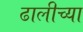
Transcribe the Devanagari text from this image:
ढालीच्या